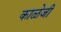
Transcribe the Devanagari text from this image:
काळेजी